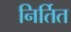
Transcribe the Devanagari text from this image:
निर्तित